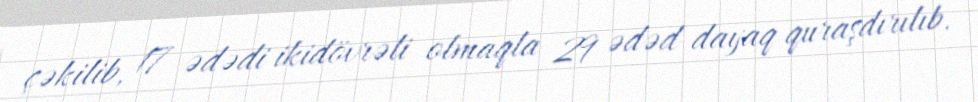
çəkilib, 17 ədədi ikidövrəli olmaqla 29 ədəd dayaq quraşdırılıb.